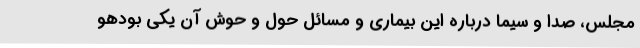
مجلس، صدا و سیما درباره این بیماری و مسائل حول و حوش آن یکی بودهو